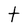
Character: t